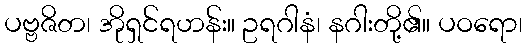
ပဗ္ဗဇိတ၊ အိုရှင်ရဟန်း။ ဥရဂါနံ၊ နဂါးတို့၏။ ပဝရော၊